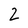
Character: 2